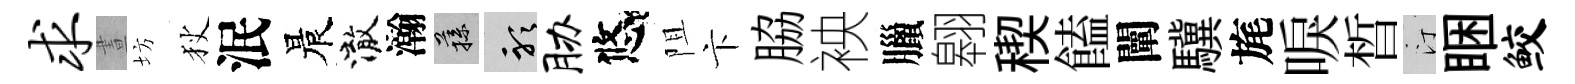
求晝坊狄泯晨澈瀚蓀聽胁悠阻卞脇䘧臘翱稧饁闡驥旄唳晳汀睏鲛